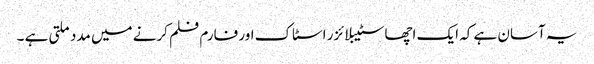
یہ آسان ہے کہ ایک اچھا سٹیبلائزر اسٹاک اور فارم فلم کرنے میں مدد ملتی ہے ۔